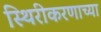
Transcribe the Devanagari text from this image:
स्थिरीकरणाच्या